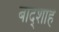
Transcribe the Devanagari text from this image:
बाद्शाह